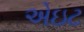
એઇટ